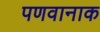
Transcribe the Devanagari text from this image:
पणवानाक